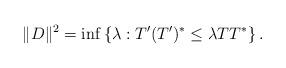
LaTeX: \begin{align*}\Vert D\Vert^2=\inf\left\{\lambda : T^\prime(T^\prime)^*\le \lambda TT^*\right\}.\end{align*}